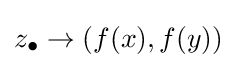
z_{\bullet }\to (f(x),f(y))